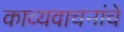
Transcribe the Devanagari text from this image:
काव्यवाचनांचे